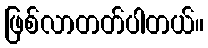
ဖြစ်လာတတ်ပါတယ်။